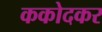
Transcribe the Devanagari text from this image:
ककोदकर